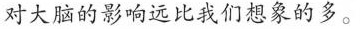
对大脑的影响远比我们想象的多。